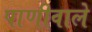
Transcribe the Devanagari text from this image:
पाणीवाले